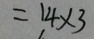
= 1 4 \times 3